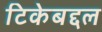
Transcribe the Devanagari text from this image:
टिकेबद्दल